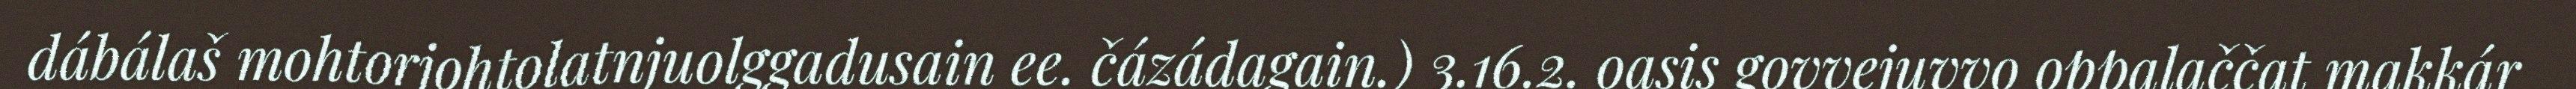
dábálaš mohtorjohtolatnjuolggadusain ee. čázádagain.) 3.16.2. oasis govvejuvvo oppalaččat makkár